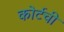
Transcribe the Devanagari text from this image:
कोर्टची